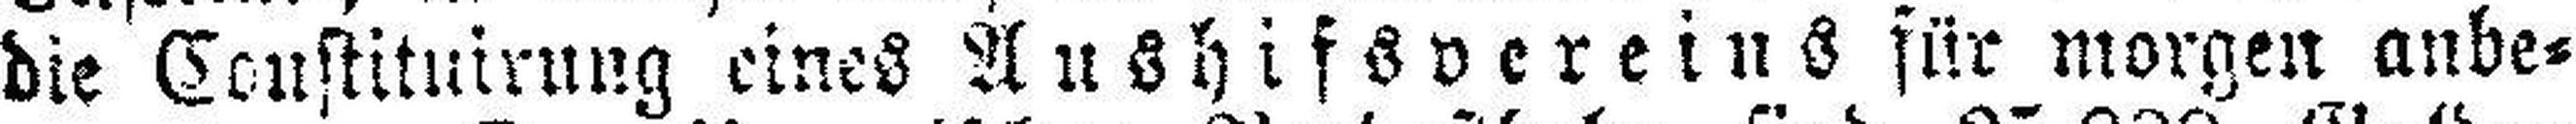
die Constituirung eines Aushifsverein für morgen anbe¬